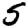
Digit: 5